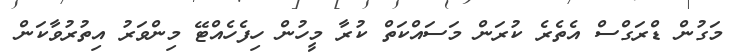
މަގުން ޑްރަގްސް އެތެރެ ކުރަން މަސައްކަތް ކުރާ މީހުން ހިފެހެއްޓޭ މިންވަރު އިތުރުވާކަން